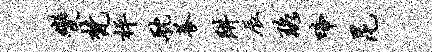
变梵枰耽养阱辰珞啼昆